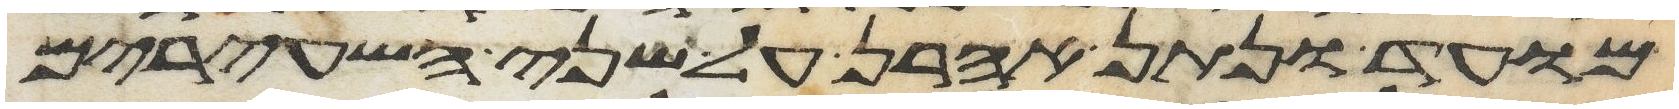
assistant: מועד ונתן אהרן על שני השעירים